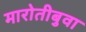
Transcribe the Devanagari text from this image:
मारोतीबुवा